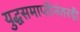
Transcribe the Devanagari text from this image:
युद्धसमाप्तीनंतरही